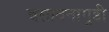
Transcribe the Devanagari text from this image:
बसावनागुडी